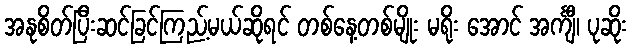
အနုစိတ်ပြီးဆင်ခြင်ကြည့်မယ်ဆိုရင် တစ်နေ့တစ်မျိုး မရိုး အောင် အင်္ကျီ၊ ပုဆိုး